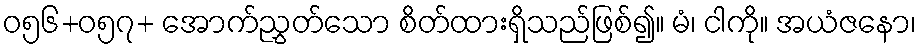
ဝ၅၆+ဝ၅၇+ အောက်ညွှတ်သော စိတ်ထားရှိသည်ဖြစ်၍။ မံ၊ ငါကို။ အယံဇနော၊